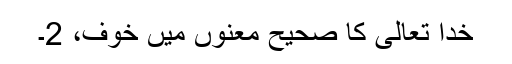
خدا تعالی کا صحیح معنوں میں خوف، 2۔